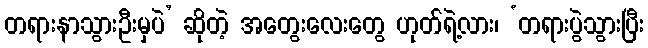
တရားနာသွားဦးမှပဲ’ ဆိုတဲ့ အတွေးလေးတွေ ဟုတ်ရဲ့လား၊ ‘တရားပွဲသွားပြီး